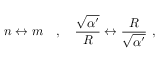
n \leftrightarrow m \ \ \ , \ \ \ \frac { \sqrt { \alpha ^ { \prime } } } { R } \leftrightarrow \frac { R } { \sqrt { \alpha ^ { \prime } } } \ ,